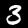
Label: 3